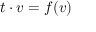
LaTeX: t \cdot v = f ( v )